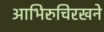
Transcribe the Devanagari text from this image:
आभिरुचिरखने